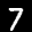
Label: 7